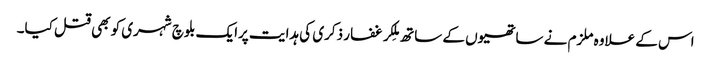
اس کے علاوہ ملزم نے ساتھیوں کے ساتھ مِلکر غفار ذکری کی ہدایت پرایک بلوچ شہری کو بھی قتل کیا۔